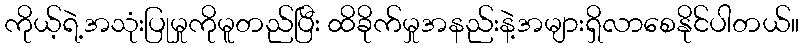
ကိုယ့်ရဲ့အသုံးပြုမှုကိုမူတည်ပြီး ထိခိုက်မှုအနည်းနဲ့အများရှိလာစေနိုင်ပါတယ်။